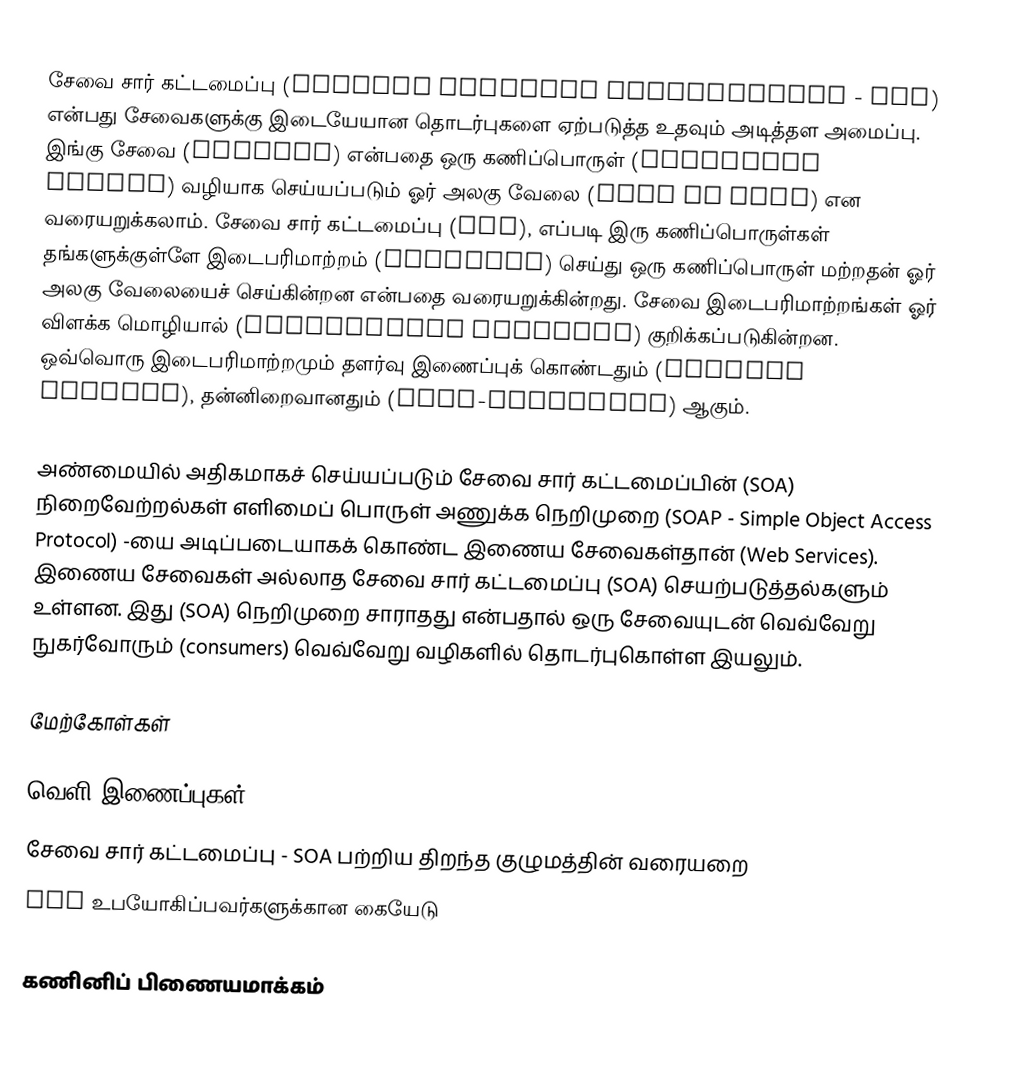
சேவை சார் கட்டமைப்பு (Service Oriented Architecture - SOA) என்பது சேவைகளுக்கு இடையேயான தொடர்புகளை ஏற்படுத்த உதவும் அடித்தள அமைப்பு. இங்கு சேவை (Service) என்பதை ஒரு கணிப்பொருள் (computing entity) வழியாக செய்யப்படும் ஓர் அலகு வேலை (unit of work) என வரையறுக்கலாம். சேவை சார் கட்டமைப்பு (SOA), எப்படி இரு கணிப்பொருள்கள் தங்களுக்குள்ளே இடைபரிமாற்றம் (interact) செய்து ஒரு கணிப்பொருள் மற்றதன் ஓர் அலகு வேலையைச் செய்கின்றன என்பதை வரையறுக்கின்றது. சேவை இடைபரிமாற்றங்கள் ஓர் விளக்க மொழியால் (descriptive language) குறிக்கப்படுகின்றன. ஒவ்வொரு இடைபரிமாற்றமும் தளர்வு இணைப்புக் கொண்டதும் (loosely coupled), தன்னிறைவானதும் (self-contained) ஆகும்.

அண்மையில் அதிகமாகச் செய்யப்படும் சேவை சார் கட்டமைப்பின் (SOA) நிறைவேற்றல்கள் எளிமைப் பொருள் அணுக்க நெறிமுறை (SOAP - Simple Object Access Protocol) -யை அடிப்படையாகக் கொண்ட இணைய சேவைகள்தான் (Web Services). இணைய சேவைகள் அல்லாத சேவை சார் கட்டமைப்பு (SOA) செயற்படுத்தல்களும் உள்ளன. இது (SOA) நெறிமுறை சாராதது என்பதால் ஒரு சேவையுடன் வெவ்வேறு நுகர்வோரும் (consumers) வெவ்வேறு வழிகளில் தொடர்புகொள்ள இயலும்.

மேற்கோள்கள்

வெளி இணைப்புகள்
சேவை சார் கட்டமைப்பு - SOA பற்றிய திறந்த குழுமத்தின் வரையறை
SOA உபயோகிப்பவர்களுக்கான கையேடு

கணினிப் பிணையமாக்கம்